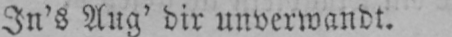
In’s Aug’ dir unverwandt.